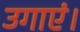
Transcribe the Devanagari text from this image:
उगाएं।